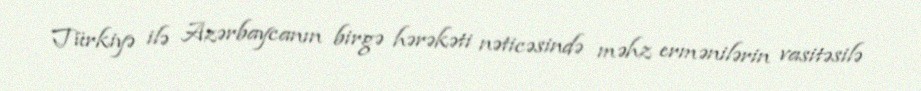
Türkiyə ilə Azərbaycanın birgə hərəkəti nəticəsində məhz ermənilərin vasitəsilə